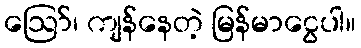
ဪ၊ ကျန်နေတဲ့ မြန်မာငွေပါ။